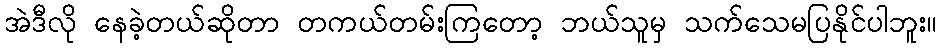
အဲဒီလို နေခဲ့တယ်ဆိုတာ တကယ်တမ်းကြတော့ ဘယ်သူမှ သက်သေမပြနိုင်ပါဘူး။